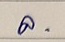
ล่าง